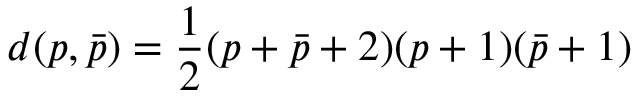
d ( p , \bar { p } ) = { \frac { 1 } { 2 } } ( p + \bar { p } + 2 ) ( p + 1 ) ( \bar { p } + 1 )